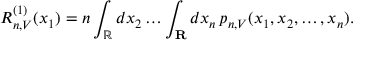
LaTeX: R _ { n , V } ^ { ( 1 ) } ( x _ { 1 } ) = n \int _ { \mathbb { R } } d x _ { 2 } \dots \int _ { \mathbf { R } } d x _ { n } \, p _ { n , V } ( x _ { 1 } , x _ { 2 } , \dots , x _ { n } ) .